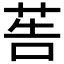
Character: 𦮽